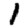
Digit: 1